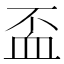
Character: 𧖯